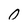
Character: 0